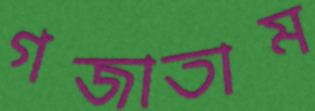
গজাতাম